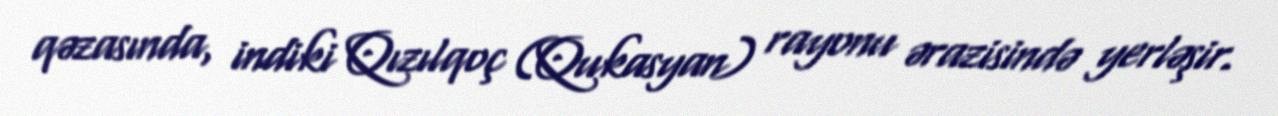
qəzasında, indiki Qızılqoç (Qukasyan) rayonu ərazisində yerləşir.